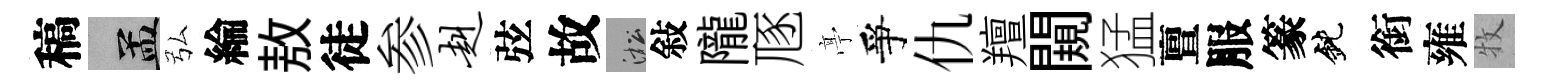
稿汴弘綸敖徒参赳弦故淞敍隴豗𠅘爭仇羶闚猛亶服篆鈍銜雍牧